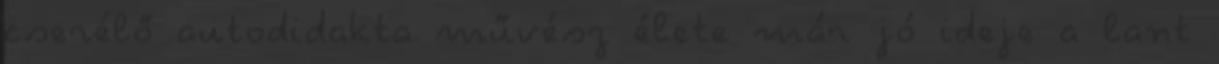
cserélő autodidakta művész élete már jó ideje a lant